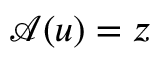
\mathcal { A } ( u ) = z